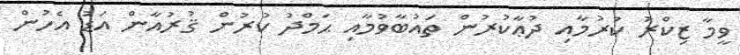
ވީމާ ޒިކްރު ކުރުމާއި ދުޢާކުރުން ތައުބާވުމާއި ޙަމްދު ކުރުން ޤުރުއާން އަޑު އެހުން